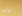
علينا